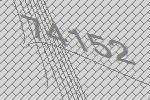
74152